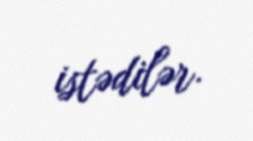
istədilər.